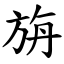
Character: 旃